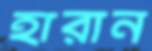
হারান